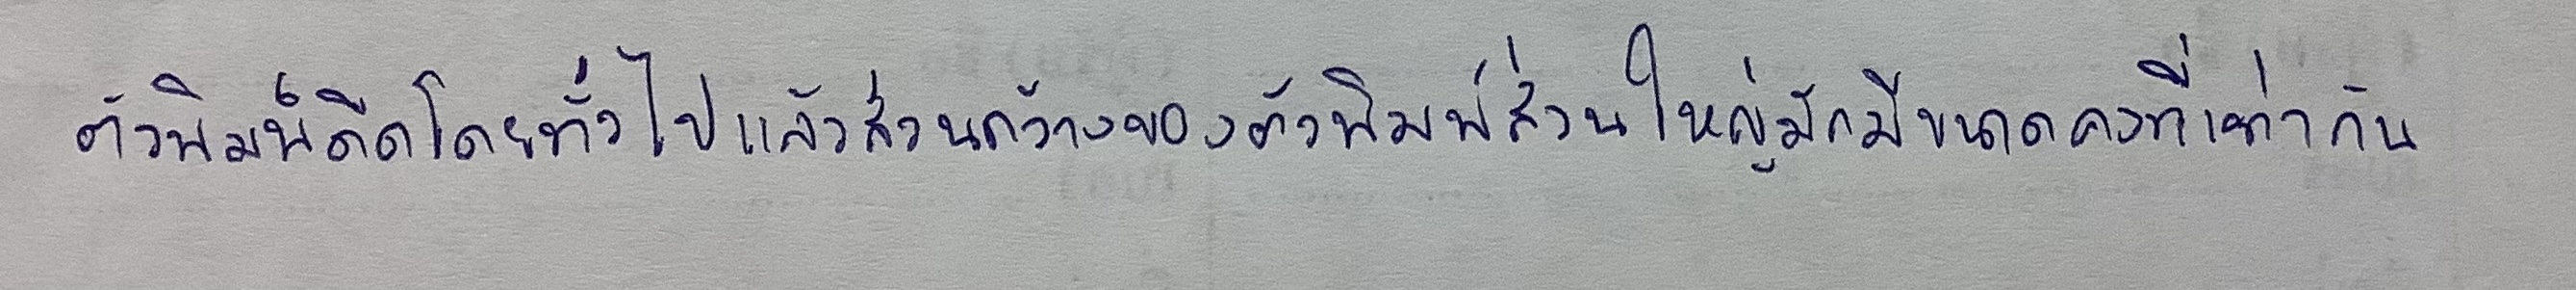
ตัวพิมพ์ดีดโดยทั่วไปแล้วส่วนกว้างของตัวพิมพ์ส่วนใหญ่มักมีขนาดคงที่เท่ากัน